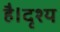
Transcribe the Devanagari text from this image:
है।दृश्य